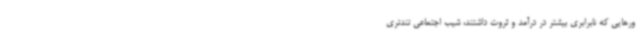
ورهایی که نابرابری بیشتر در درآمد و ثروت داشتند، شیب اجتماعی تندتری